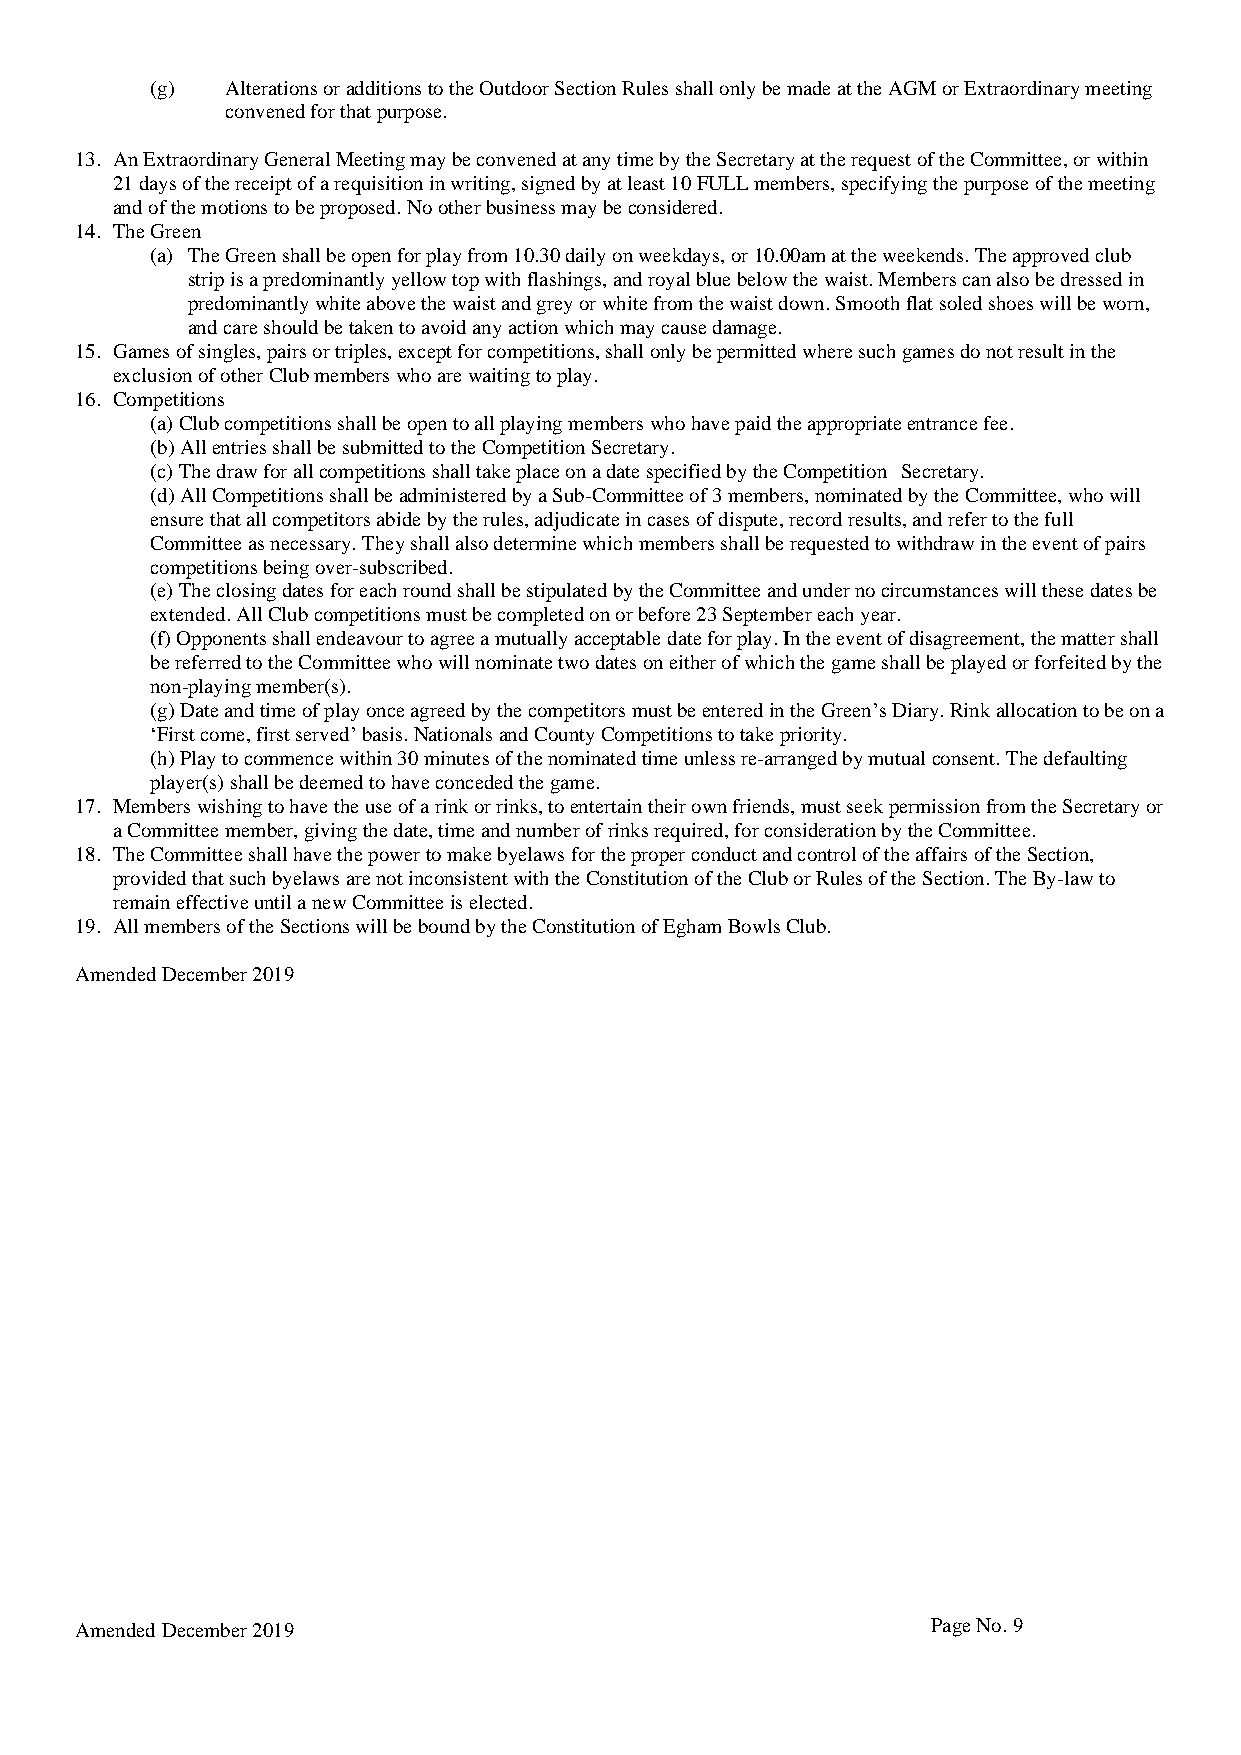
(g)  Alterations or additions to the Outdoor Section Rules shall only be made at the AGM or Extraordinary meeting
 convened for that purpose.
 13. An Extraordinary General Meeting may be convened at any time by the Secretary at the request of the Committee, or within
 21 days of the receipt of a requisition in writing, signed by at least 10 FULL members, specifying the purpose of the meeting
 and of the motions to be proposed. No other business may be considered.
 14. The Green
 (a) The Green shall be open for play from 10.30 daily on weekdays, or 10.00am at the weekends. The approved club
 strip is a predominantly yellow top with flashings, and royal blue below the waist. Members can also be dressed in
 predominantly white above the waist and grey or white from the waist down. Smooth flat soled shoes will be worn,
 and care should be taken to avoid any action which may cause damage.
 15. Games of singles, pairs or triples, except for competitions, shall only be permitted where such games do not result in the
 exclusion of other Club members who are waiting to play.
 16. Competitions
 (a) Club competitions shall be open to all playing members who have paid the appropriate entrance fee.
 (b) All entries shall be submitted to the Competition Secretary.
 (c) The draw for all competitions shall take place on a date specified by the Competition Secretary.
 (d) All Competitions shall be administered by a Sub-Committee of 3 members, nominated by the Committee, who will
 ensure that all competitors abide by the rules, adjudicate in cases of dispute, record results, and refer to the full
 Committee as necessary. They shall also determine which members shall be requested to withdraw in the event of pairs
 competitions being over-subscribed.
 (e) The closing dates for each round shall be stipulated by the Committee and under no circumstances will these dates be
 extended. All Club competitions must be completed on or before 23 September each year.
 (f) Opponents shall endeavour to agree a mutually acceptable date for play. In the event of disagreement, the matter shall
 be referred to the Committee who will nominate two dates on either of which the game shall be played or forfeited by the
 non-playing member(s).
 (g) Date and time of play once agreed by the competitors must be entered in the Green’s Diary. Rink allocation to be on a
 ‘First come, first served’ basis. Nationals and County Competitions to take priority.
 (h) Play to commence within 30 minutes of the nominated time unless re-arranged by mutual consent. The defaulting
 player(s) shall be deemed to have conceded the game.
 17. Members wishing to have the use of a rink or rinks, to entertain their own friends, must seek permission from the Secretary or
 a Committee member, giving the date, time and number of rinks required, for consideration by the Committee.
 18. The Committee shall have the power to make byelaws for the proper conduct and control of the affairs of the Section,
 provided that such byelaws are not inconsistent with the Constitution of the Club or Rules of the Section. The By-law to
 remain effective until a new Committee is elected.
 19. All members of the Sections will be bound by the Constitution of Egham Bowls Club.
 Amended December 2019
 Amended December 2019                                    Page No. 9